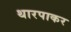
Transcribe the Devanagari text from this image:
थारपाकर